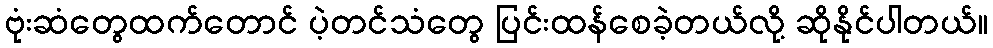
ဗုံးဆံတွေထက်တောင် ပဲ့တင်သံတွေ ပြင်းထန်စေခဲ့တယ်လို့ ဆိုနိုင်ပါတယ်။